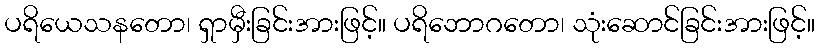
ပရိယေသနတော၊ ရှာမှီးခြင်းအားဖြင့်။ ပရိဘောဂတော၊ သုံးဆောင်ခြင်းအားဖြင့်။